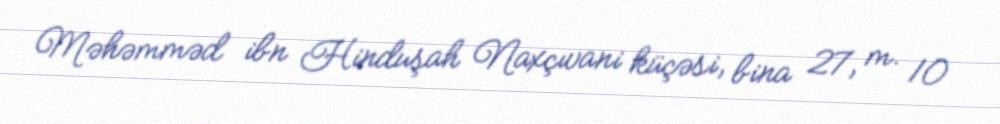
Məhəmməd ibn Hinduşah Naxçıvani küçəsi, bina 27, m. 10